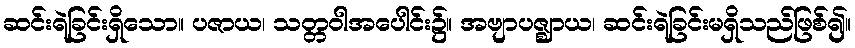
ဆင်းရဲခြင်းရှိသော။ ပဇာယ၊ သတ္တဝါအပေါင်း၌။ အဗျာပဇ္ဈာယ၊ ဆင်းရဲခြင်းမရှိသည်ဖြစ်၍။